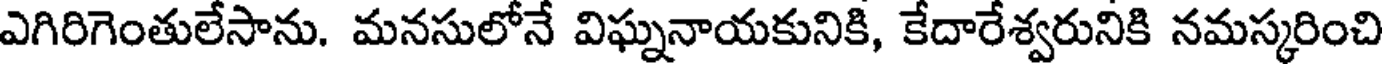
ఎగిరిగెంతులేసాను. మనసులోనే విఘ్ననాయకునికి, కేదారేశ్వరునికి నమస్కరించి